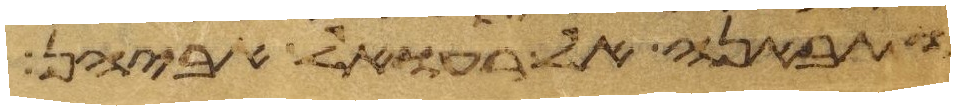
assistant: ותבאנה אל רעואל אביהן